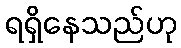
ရရှိနေသည်ဟု